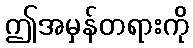
ဤအမှန်တရားကို